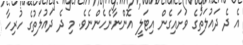
އެ ދެ ދައުލަތުގެ ވަށައިގެން އިޓަލީ އޮންނާނެހެންނެވެ. މި ދެ ދައުލަތުގެ ހުރިހާ